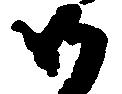
御